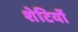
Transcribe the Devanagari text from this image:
शेटियों